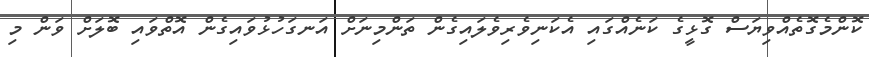
ކޮންމެގޮތެއްވިޔަސް ގޮޅީގެ ކަނެއްގައި އެކަނިވެރިވެލައިގެން ތަންމިނަށް އަނގަހުޅުވައިގެން އޮތްވައި ބޮލަށް ވަން މި